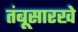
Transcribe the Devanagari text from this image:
तंबूसारखे